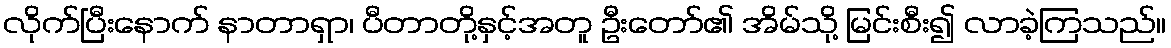
လိုက်ပြီးနောက် နာတာရှာ၊ ပီတာတို့နှင့်အတူ ဦးတော်၏ အိမ်သို့ မြင်းစီး၍ လာခဲ့ကြသည်။